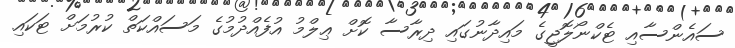
ސައެންސާއި ޓެކްނޯލޮޖީގެ މައިދާނުގައި ދިރާސާ ކޮށް ޢިލްމު އުފެއްދުމުގެ މަސައްކަތް ކުރުމަށް ޓަކައި